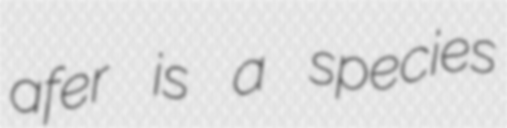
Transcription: afer is a species